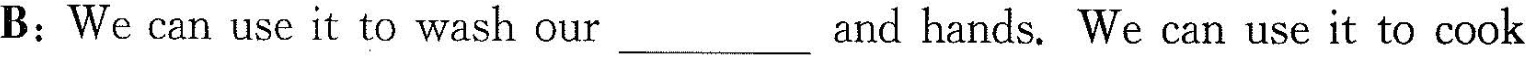
B;We can use it to wash our_- and hands. We can use it to cook